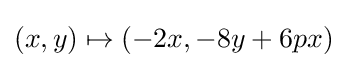
(x,y)\mapsto (-2x,-8y+6px)